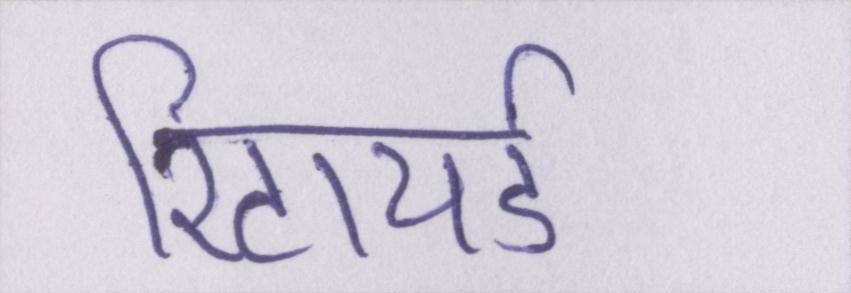
रिटायर्ड